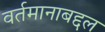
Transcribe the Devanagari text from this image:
वर्तमानाबद्दल